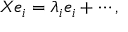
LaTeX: X e _ { i } = \lambda _ { i } e _ { i } + \cdots ,